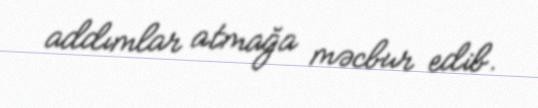
addımlar atmağa məcbur edib.